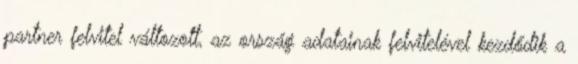
partner felvitel változott, az ország adatainak felvitelével kezdődik a